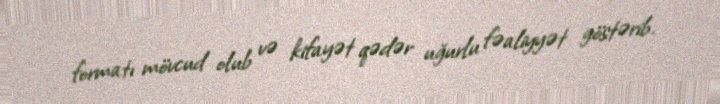
formatı mövcud olub və kifayət qədər uğurlu fəaliyyət göstərib.